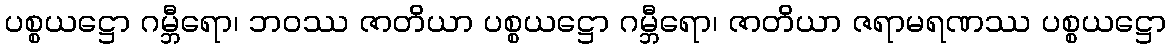
ပစ္စယဋ္ဌော ဂမ္ဘီရော၊ ဘဝဿ ဇာတိယာ ပစ္စယဋ္ဌော ဂမ္ဘီရော၊ ဇာတိယာ ဇရာမရဏဿ ပစ္စယဋ္ဌော